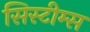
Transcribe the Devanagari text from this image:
सिस्टीम्स